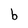
Character: b